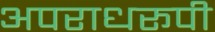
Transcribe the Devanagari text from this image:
अपराधरूपी